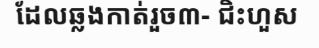
ដែលឆ្លងកាត់រួច៣- ជិះហួស